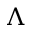
\Lambda